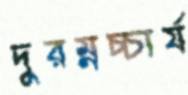
দুরম্নচ্চার্য